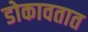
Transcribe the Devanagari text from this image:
डोकावतात